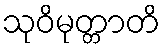
သုဝိမုတ္တာတိ